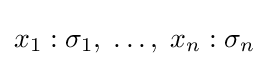
x_{1}:\sigma _{1},\;\dots ,\;x_{n}:\sigma _{n}